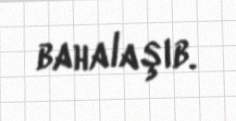
bahalaşıb.